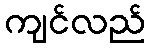
ကျင်လည်